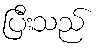
ပြီးသည်